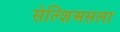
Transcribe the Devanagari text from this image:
सेल्शिअसला